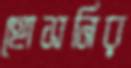
হোসনির